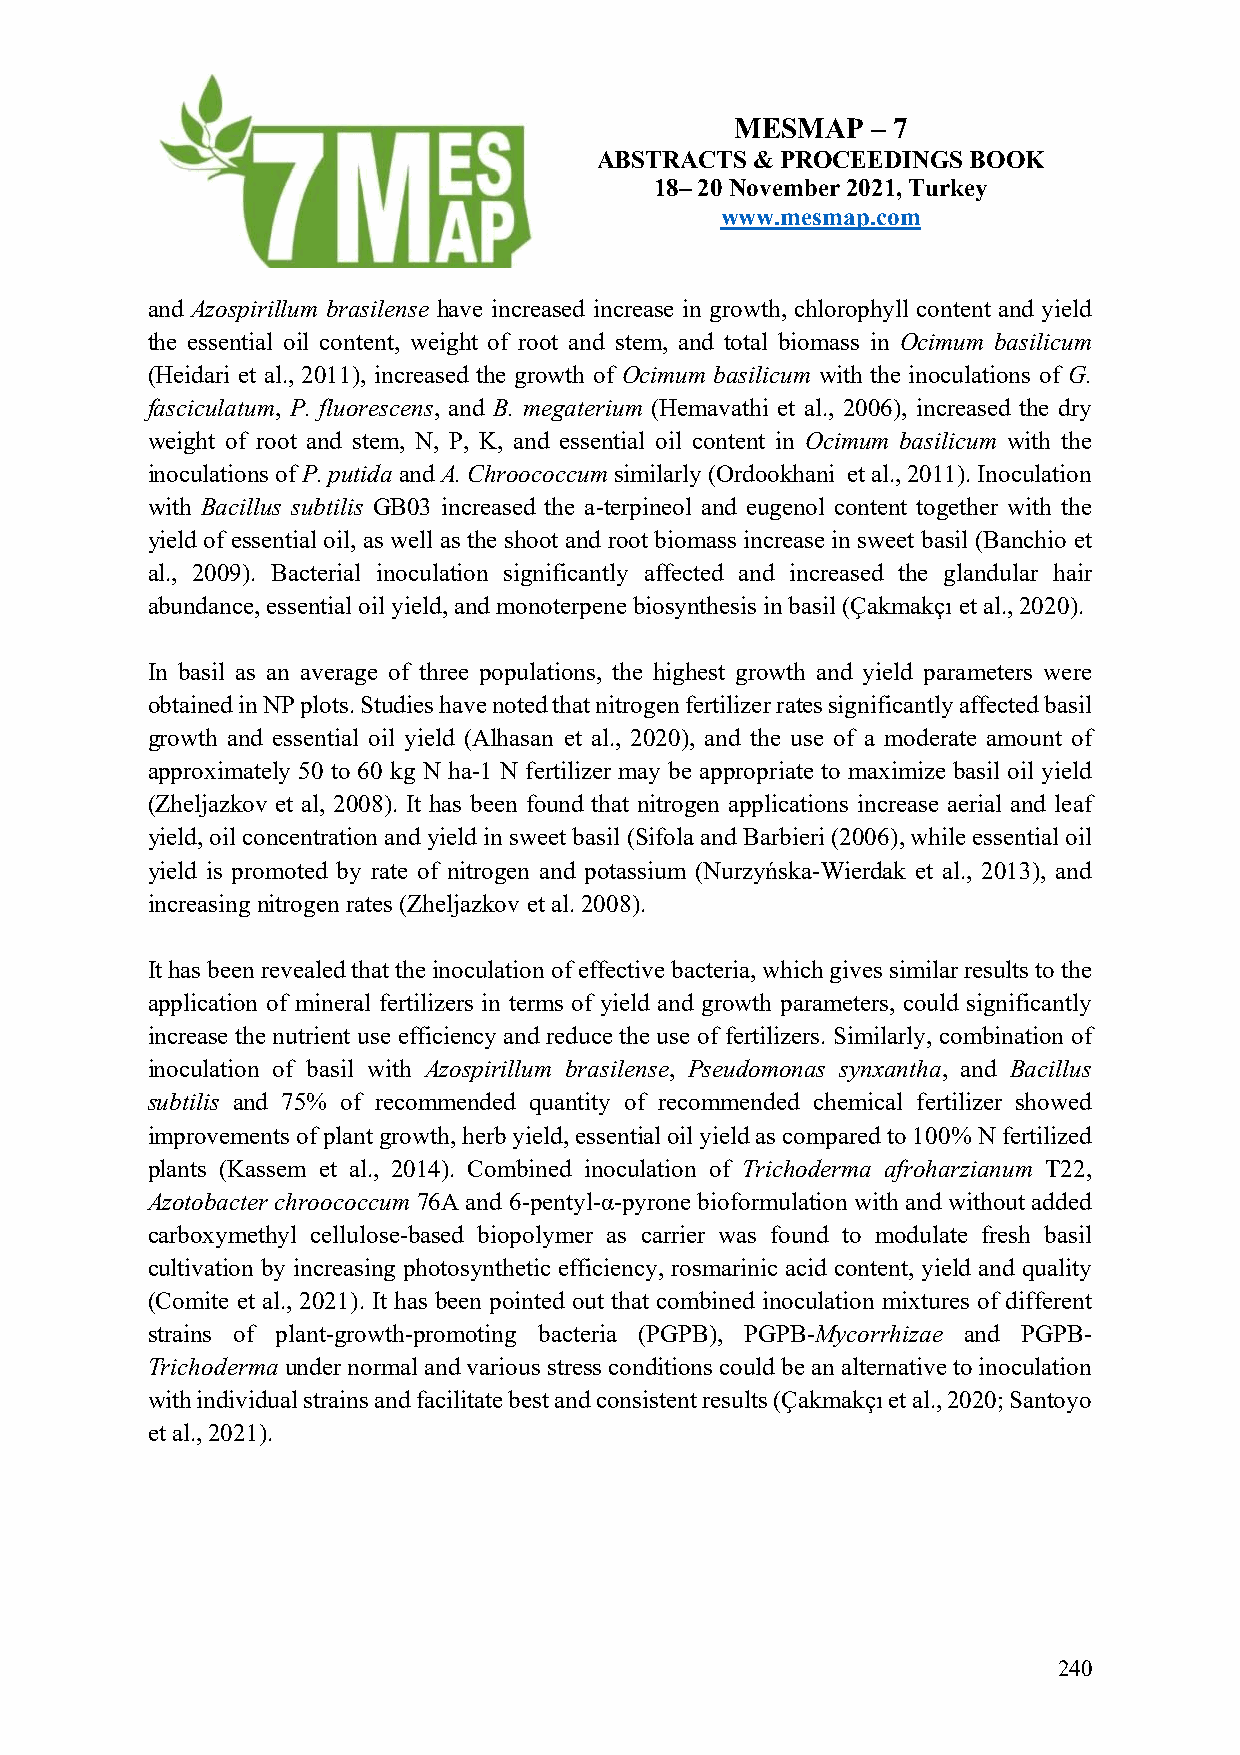
MESMAP   – 7
 ABSTRACTS  & PROCEEDINGS BOOK
 18– 20 November 2021, Turkey
 www.mesmap.com
 and Azospirillum brasilense have increased increase in growth, chlorophyll content and yield
 the essential oil content, weight of root and stem, and total biomass in Ocimum basilicum
 (Heidari et al., 2011), increased the growth of Ocimum basilicum with the inoculations of G.
 fasciculatum, P. fluorescens, and B. megaterium (Hemavathi et al., 2006), increased the dry
 weight of root and stem, N, P, K, and essential oil content in Ocimum basilicum with the
 inoculations of P. putida and A. Chroococcum similarly (Ordookhani et al., 2011). Inoculation
 with Bacillus subtilis GB03 increased the a-terpineol and eugenol content together with the
 yield of essential oil, as well as the shoot and root biomass increase in sweet basil (Banchio et
 al., 2009). Bacterial inoculation significantly affected and increased the glandular hair
 abundance, essential oil yield, and monoterpene biosynthesis in basil (Çakmakçı et al., 2020).
 In basil as an average of three populations, the highest growth and yield parameters were
 obtained in NP plots. Studies have noted that nitrogen fertilizer rates significantly affected basil
 growth and essential oil yield (Alhasan et al., 2020), and the use of a moderate amount of
 approximately 50 to 60 kg N ha-1 N fertilizer may be appropriate to maximize basil oil yield
 (Zheljazkov et al, 2008). It has been found that nitrogen applications increase aerial and leaf
 yield, oil concentration and yield in sweet basil (Sifola and Barbieri (2006), while essential oil
 yield is promoted by rate of nitrogen and potassium (Nurzyńska-Wierdak et al., 2013), and
 increasing nitrogen rates (Zheljazkov et al. 2008).
 It has been revealed that the inoculation of effective bacteria, which gives similar results to the
 application of mineral fertilizers in terms of yield and growth parameters, could significantly
 increase the nutrient use efficiency and reduce the use of fertilizers. Similarly, combination of
 inoculation of basil with Azospirillum brasilense, Pseudomonas synxantha, and Bacillus
 subtilis and 75% of recommended quantity of recommended chemical fertilizer showed
 improvements of plant growth, herb yield, essential oil yield as compared to 100% N fertilized
 plants (Kassem et al., 2014). Combined inoculation of Trichoderma afroharzianum T22,
 Azotobacter chroococcum 76A and 6-pentyl-α-pyrone bioformulation with and without added
 carboxymethyl cellulose-based biopolymer as carrier was found to modulate fresh basil
 cultivation by increasing photosynthetic efficiency, rosmarinic acid content, yield and quality
 (Comite et al., 2021). It has been pointed out that combined inoculation mixtures of different
 strains of plant-growth-promoting bacteria (PGPB), PGPB-Mycorrhizae and PGPB-
 Trichoderma under normal and various stress conditions could be an alternative to inoculation
 with individual strains and facilitate best and consistent results (Çakmakçı et al., 2020; Santoyo
 et al., 2021).
 240